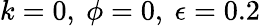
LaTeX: k=0,~\phi=0,~\epsilon=0.2